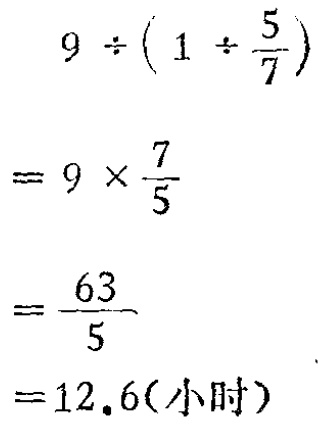
\[

\begin{align*}

&9\div(1\div\frac{5}{7})\\

=&9\times\frac{7}{5}\\

=&\frac{63}{5}\\

=&12.6(\text{小时})

\end{align*}

\]